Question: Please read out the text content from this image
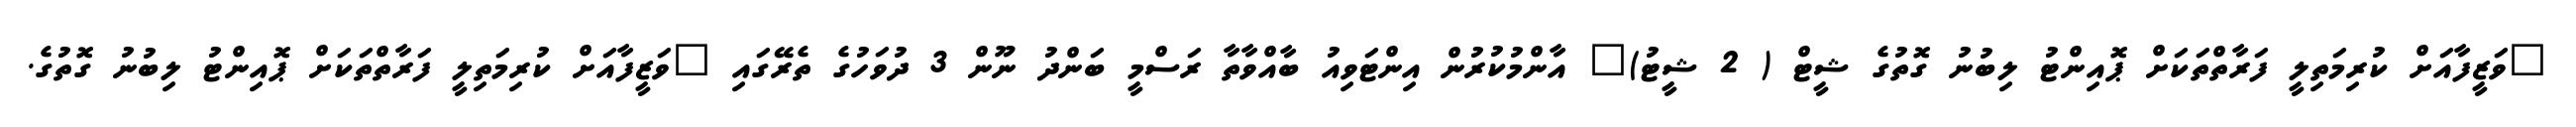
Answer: "ވަޒީފާއަށް ކުރިމަތިލީ ފަރާތްތަކަށް ޕޮއިންޓު ލިބުނު ގޮތުގެ ޝީޓް ( 2 ޝީޓު)" އާންމުކުރުން އިންޓަވިއު ބާއްވާތާ ރަސްމީ ބަންދު ނޫން 3 ދުވަހުގެ ތެރޭގައި "ވަޒީފާއަށް ކުރިމަތިލީ ފަރާތްތަކަށް ޕޮއިންޓު ލިބުނު ގޮތުގެ.